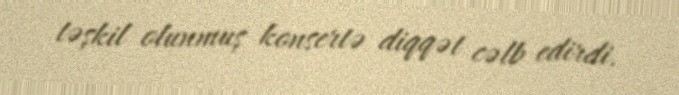
təşkil olunmuş konsertə diqqət cəlb edirdi.